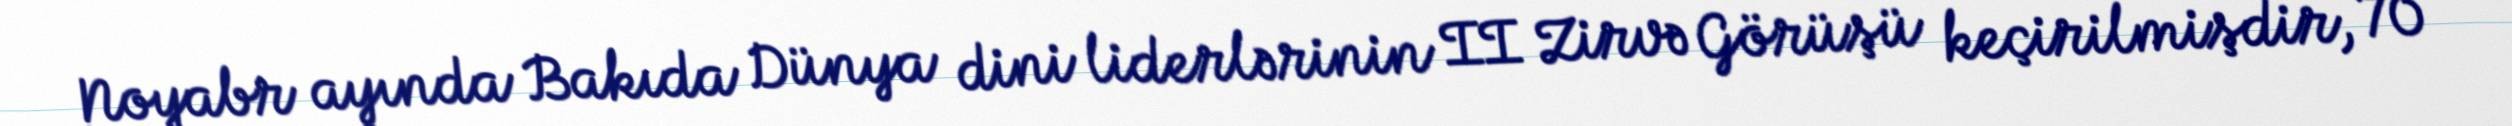
Noyabr ayında Bakıda Dünya dini liderlərinin II Zirvə Görüşü keçirilmişdir, 70